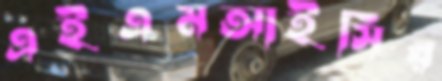
এইএমআইসির